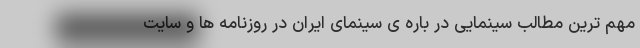
مهم ترین مطالب سینمایی در باره ی سینمای ایران در روزنامه ها و سایت